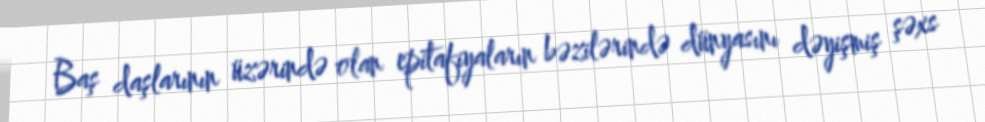
Baş daşlarının üzərində olan epitafiyaların bəzilərində dünyasını dəyişmiş şəxs